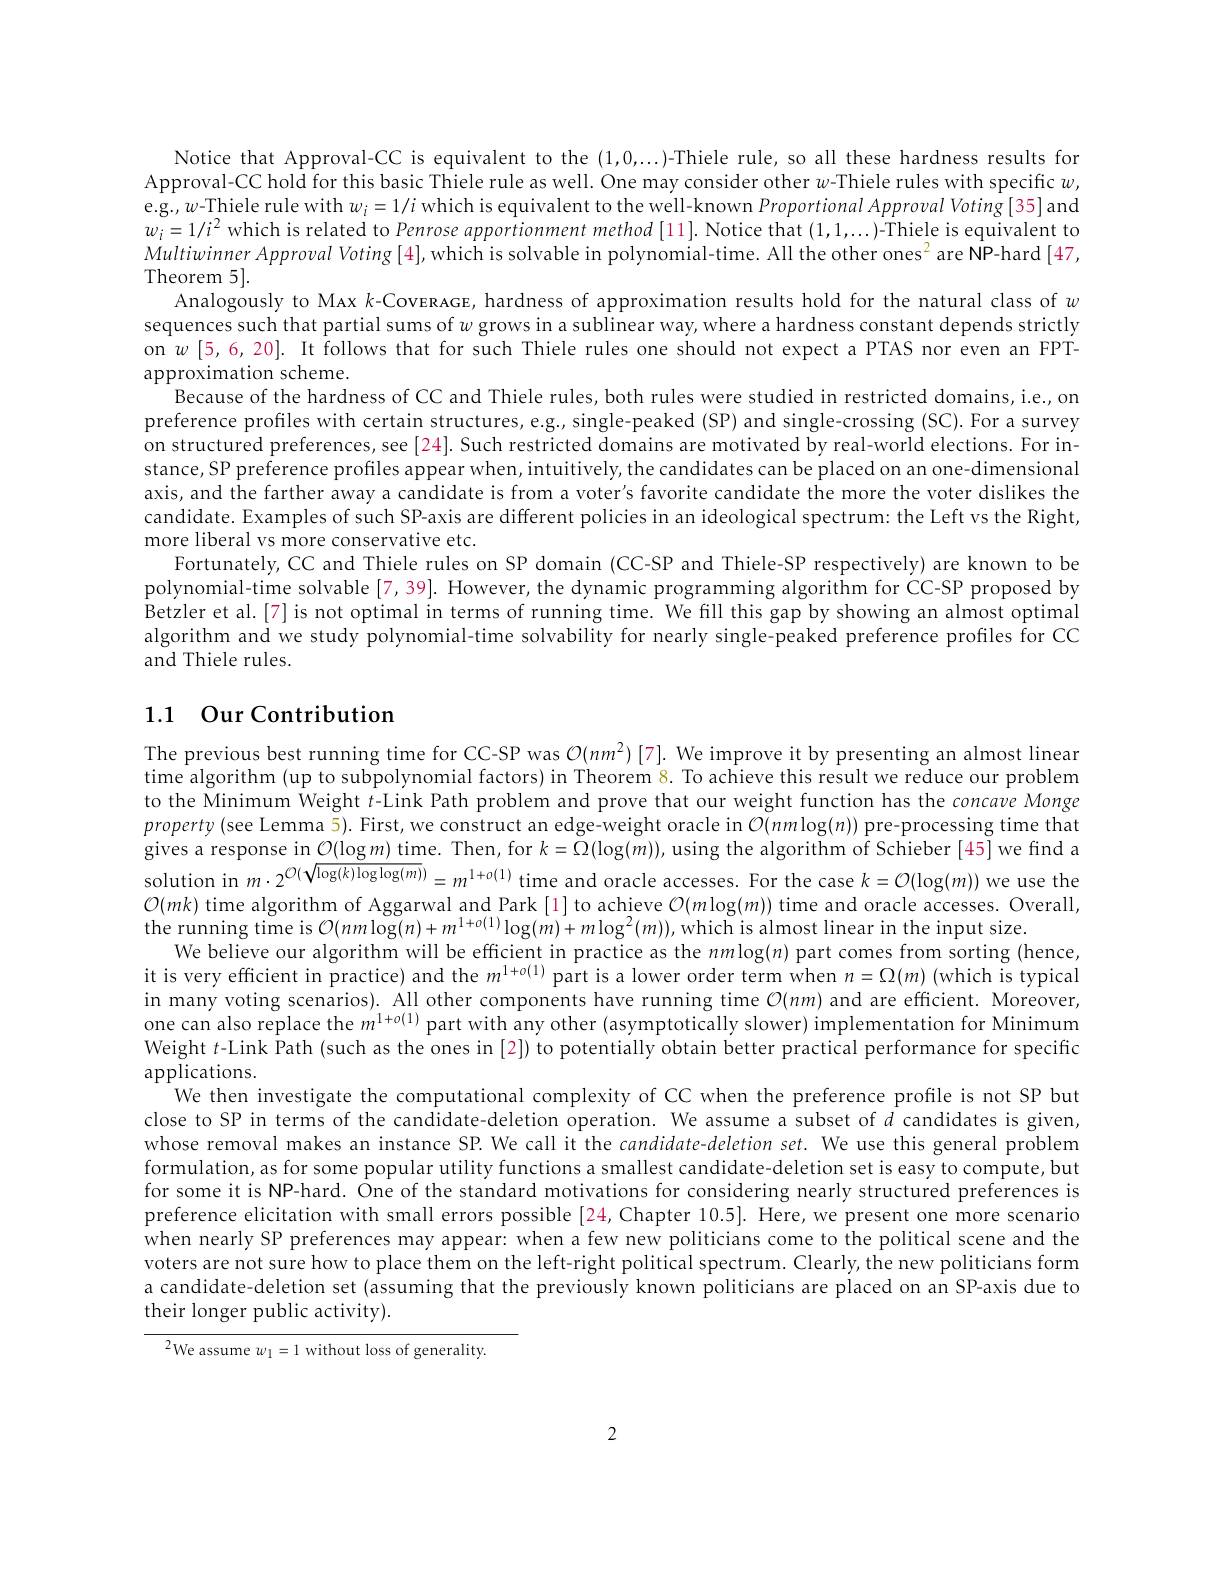
Notice that Approval-CC is equivalent to the $(1,0,\ldots)$-Thiele rule, so all these hardness results for Approval-CC hold for this basic Thiele rule as well. One may consider other $w$-Thiele rules with specific $w$, e.g.,$w$-Thiele rule with $w_i=1/i$ which is equivalent to the well-known Proportional Approval Voting[35]and $w_i=1/i^2$ which is related to Penrose apportionment method [11]. Notice that (1,1,...)-Thiele is equivalent to Multiwinner Approval Voting [4], which is solvable in polynomial-time. All the other ones$^2$ are NP-hard [47, Theorem 5].
Analogously to Max k-CovERAGE, hardness of approximation results hold for the natural class of $w$ sequences such that partial sums of $w$ grows in a sublinear way, where a hardness constant depends strictly on $w$ [5,6,20]. It follows that for such Thiele rules one should not expect a PTAS nor even an FPTapproximation scheme.
Because of the hardness of CC and Thiele rules, both rules were studied in restricted domains, i.e., on preference profiles with certain structures, e.g., single-peaked (SP) and single-crossing (SC). For a survey on structured preferences, see [24]. Such restricted domains are motivated by real-world elections. For instance, SP preference profiles appear when, intuitively, the candidates can be placed on an one-dimensional axis, and the farther away a candidate is from a voter's favorite candidate the more the voter dislikes the candidate. Examples of such SP-axis are different policies in an ideological spectrum: the Left vs the Right, more liberal vs more conservative etc.
Fortunately, CC and Thiele rules on SP domain (CC-SP and Thiele-SP respectively) are known to be polynomial-time solvable [7,39]. However, the dynamic programming algorithm for CC-SP proposed by Betzler et al.[7] is not optimal in terms of running time. We fill this gap by showing an almost optimal algorithm and we study polynomial-time solvability for nearly single-peaked preference profiles for CC and Thiele rules.

## 1.1 Our Contribution

The previous best running time for CC-SP was $\mathcal{O}(nm^{2})[7].$ We improve it by presenting an almost linear time algorithm (up to subpolynomial factors) in Theorem 8. To achieve this result we reduce our problem to the Minimum Weight $t$-Link Path problem and prove that our weight function has the concave Monge $property($see Lemma 5). First, we construct an edge-weight oracle in $O(nm\log(n))$ pre-processing time that gives a response in $\underline{\mathcal{O}(\log m)\mathrm{~tim}}$e. Then, for $k=\bar{\Omega}(\log(\tilde{m}))$,using the algorithm of Schieber[45]we find a solution in $m\cdot2^{O(\sqrt{\log(k)\log\log(m)})}=m^{1+o(1)}$ time and oracle accesses. For the case $k=\mathcal{O}(\log(m))$ we use the $\mathcal{O}(mk)$ time algorithm of Aggarwal and Park[1] to achieve $\mathcal{O}(m\log(m))$ time and oracle accesses. Overall, the running time is $O(nm\log(n)+m^{1+o(1)}\log(m)+m\log^{2}(m))$,which is almost linear in the input size.
We believe our algorithm will be efficient in practice as the $nm\log(n)$ part comes from sorting (hence, it is very efficient in practice) and the $m^{1+o(1)}$ part is a lower order term when $n=\Omega(m)$ (which is typical in many voting scenarios). All other components have running time $O(nm)$ and are efficient. Moreover, one can also replace the $m^{\prime}+o(1)$ part with any other (asymptotically slower) implementation for Minimum Weight $t$-Link Path (such as the ones in [2]) to potentially obtain better practical performance for specific applications.
We then investigate the computational complexity of CC when the preference profile is not SP but close to SP in terms of the candidate-deletion operation. We assume a subset of $d$ candidates is given, whose removal makes an instance SP. We call it the candidate-deletion set. We use this general problem formulation, as for some popular utility functions a smallest candidate-deletion set is easy to compute, but for some it is NP-hard. One of the standard motivations for considering nearly structured preferences is preference elicitation with small errors possible [24, Chapter 10.5]. Here, we present one more scenario when nearly SP preferences may appear: when a few new politicians come to the political scene and the voters are not sure how to place them on the left-right political spectrum. Clearly, the new politicians form a candidate-deletion set (assuming that the previously known politicians are placed on an SP-axis due to their longer public activity).
$^2$We assume $w_1=1$ without loss of generality.

2